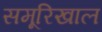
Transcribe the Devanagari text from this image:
समूरिखाल